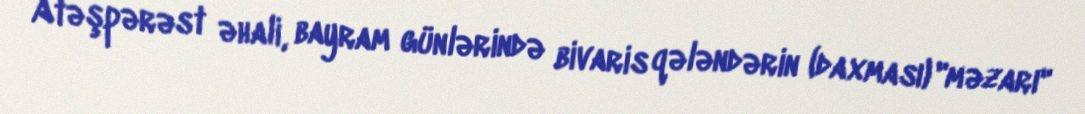
Atəşpərəst əhali, bayram günlərində bivaris qələndərin (daxması) "məzarı"